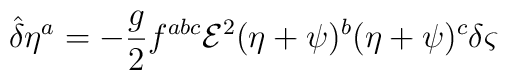
{\hat{\delta}} \eta ^{a}=-\frac{g}{2}f^{abc}{\mathcal{E}}^{2}(\eta +\psi )^{b}(\eta +\psi )^{c}\delta \varsigma